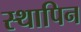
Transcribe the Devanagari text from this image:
स्थापिन